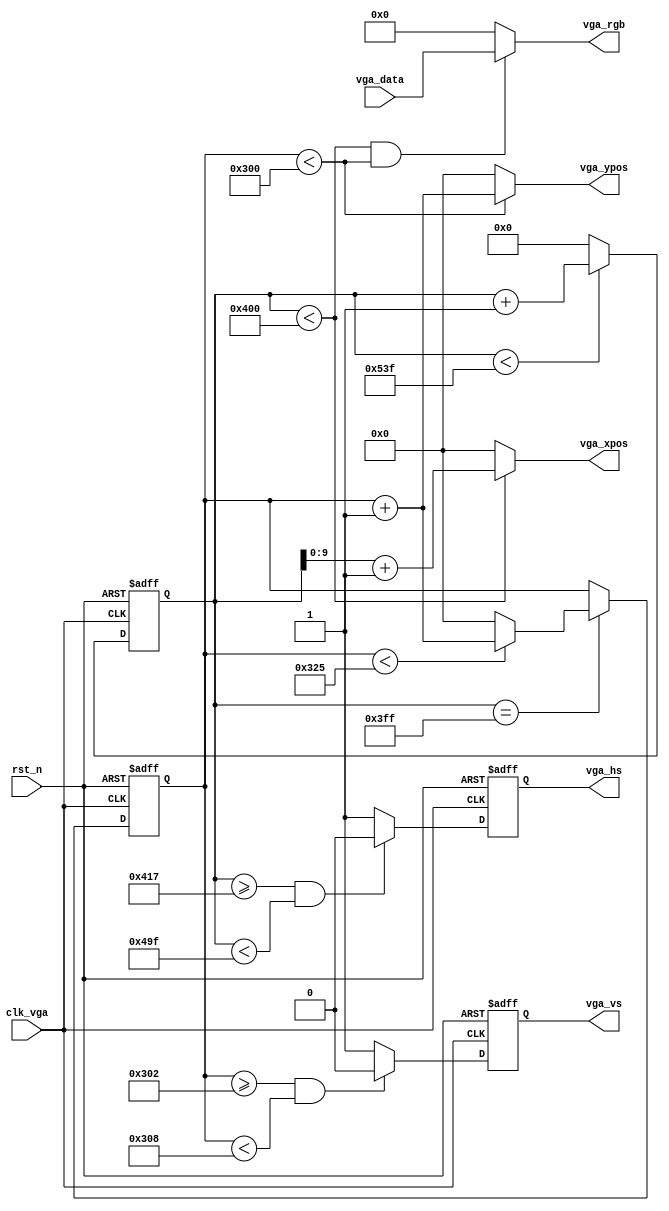
`timescale 1ns / 1ps
//////////////////////////////////////////////////////////////////////////////////
// Company: 
// Engineer: 
// 
// Design Name: 
// Module Name: vga_driver
// Project Name: 
// Target Devices: 
// Tool Versions: 
// Description: 
// 
// Dependencies: 
// 
// Revision:
// Revision 0.01 - File Created
// Additional Comments:
// 
//////////////////////////////////////////////////////////////////////////////////


module vga_driver
#(
	// VGA_1024_768_60fps_65MHz
	// Horizontal Parameter	( Pixel )
	parameter	H_DISP 	=	11'd1024, 
	parameter	H_FRONT	=	11'd24,	 
	parameter	H_SYNC 	=	11'd136,  
	parameter	H_BACK 	=	11'd160,   
	parameter	H_TOTAL	=	11'd1344, 
	// Virtical Parameter	( Line ) 
	parameter	V_DISP 	=	10'd768,  					
	parameter	V_FRONT	=	10'd3,   
	parameter	V_SYNC 	=	10'd6,    
	parameter	V_BACK 	=	10'd29,   
	parameter	V_TOTAL	=	10'd806  
)
(
    input clk_vga,//vga 
    input rst_n,//
    
    input [11:0] vga_data,
    output [11:0] vga_rgb,//
    
    output reg vga_hs,//
    output reg vga_vs,//
    
    output [9:0] vga_xpos,
    output [9:0] vga_ypos//
    );
    //
    reg [10:0] hcnt; 
    always @ (posedge clk_vga or negedge rst_n)
    begin
        if (!rst_n)
            hcnt <= 0;
        else
            begin
            if (hcnt < H_TOTAL-1'b1)            
                hcnt <= hcnt + 1'b1;
            else
                hcnt <= 0;
            end
    end 
    
    always@(posedge clk_vga or negedge rst_n)
    begin
        if(!rst_n)
            vga_hs <= 1;
        else
            begin
            if( (hcnt >= H_DISP+H_FRONT-1'b1) && (hcnt < H_DISP+H_FRONT+H_SYNC-1'b1) )
                vga_hs <= 0;       
            else
                vga_hs <= 1;
            end
    end
    //
    reg [9:0] vcnt;
    always @ (posedge clk_vga or negedge rst_n)
    begin
        if (!rst_n)
            vcnt <= 0;
        else
            begin
            if(hcnt == H_DISP-1)
                begin
                if (vcnt < V_TOTAL-1'b1)            
                    vcnt <= vcnt+1'b1;
                else
                    vcnt <= 0;   
                end 
            else
                vcnt <= vcnt;
            end
    end
    
    always @ (posedge clk_vga or negedge rst_n) 
    begin
        if(!rst_n)
            vga_vs <= 1;
        else
            begin
            if( (vcnt >= V_DISP+V_FRONT-1'b1) && (vcnt < V_DISP+V_FRONT+V_SYNC-1'b1) )
                vga_vs <= 0;        
            else
                vga_vs <= 1;        
            end
    end
   //
   assign	vga_xpos = (hcnt < H_DISP) ? hcnt[9:0]+1'b1 : 10'd0;
   assign    vga_ypos = (vcnt < V_DISP) ? vcnt[9:0]+1'b1 : 10'd0;
   assign    vga_rgb     =     ((hcnt < H_DISP) && (vcnt < V_DISP)) ? vga_data : 12'd0;
    
endmodule